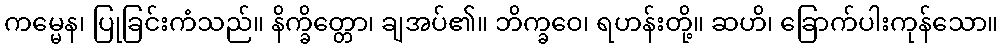
ကမ္မေန၊ ပြုခြင်းကံသည်။ နိက္ခိတ္တော၊ ချအပ်၏။ ဘိက္ခဝေ၊ ရဟန်းတို့။ ဆဟိ၊ ခြောက်ပါးကုန်သော။